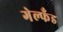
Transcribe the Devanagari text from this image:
गेल्फँड